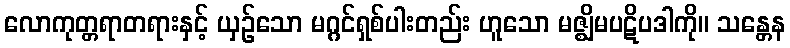
လောကုတ္တရာတရားနှင့် ယှဉ်သော မဂ္ဂင်ရှစ်ပါးတည်း ဟူသော မဇ္ဈိမပဋိပဒါကို။ သန္တေန